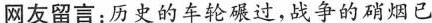
网友留言：历史的车轮碾过，战争的硝烟已